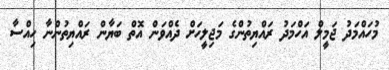
މުހައްމަދު ޖަމީލް އަހްމަދު ރައްޔިތުންގެ މަޖިލީހަށް ދެއްވަން އޮތް ބަޔާން ރައްޔިތުންނާ ހިއްސާ